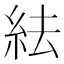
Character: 紶